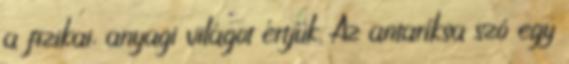
a fizikai, anyagi világot értjük. Az antaríksa szó egy